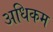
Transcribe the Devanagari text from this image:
अधिकम